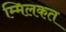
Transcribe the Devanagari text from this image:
म्मिलकत